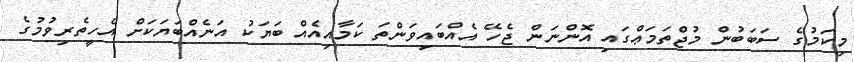
މިކަމުގެ ސަބަބުން މުޖްތަމަޢްގައި އޮންނަން ޖެހޭ އެއްބައިވަންތަ ކަމާއިއެއް ބަޔަކު އަނެއްބަޔަކަށް އެހީތެރިވުމުގެ